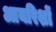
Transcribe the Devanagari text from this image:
आयरिशों